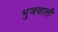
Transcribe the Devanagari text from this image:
भुजवाली